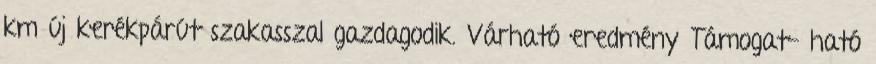
km új kerékpárút szakasszal gazdagodik. Várható eredmény Támogat- ható